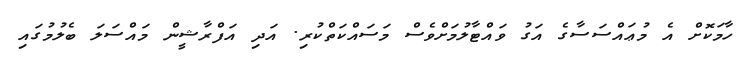
ހާމަކޮށް އެ މުޢައްސަސާގެ އަގު ވައްޓާލުމަށްވެސް މަސައްކަތްކުރި. އަދި އަފްރާޝީން މައްސަލަ ބެލުމުގައި